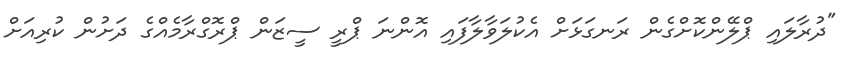
"ދުރާލައި ޕްލޭންކޮށްގެން ރަނގަޅަށް އެކުލަވާލާފައި އޮންނަ ޕްރީ ސީޒަން ޕްރޮގްރާމެއްގެ ދަށުން ކުރިއަށް